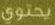
يحتوي